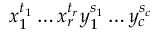
x _ { 1 } ^ { t _ { 1 } } \ldots x _ { r } ^ { t _ { r } } y _ { 1 } ^ { s _ { 1 } } \ldots y _ { c } ^ { s _ { c } }